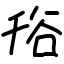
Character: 谸